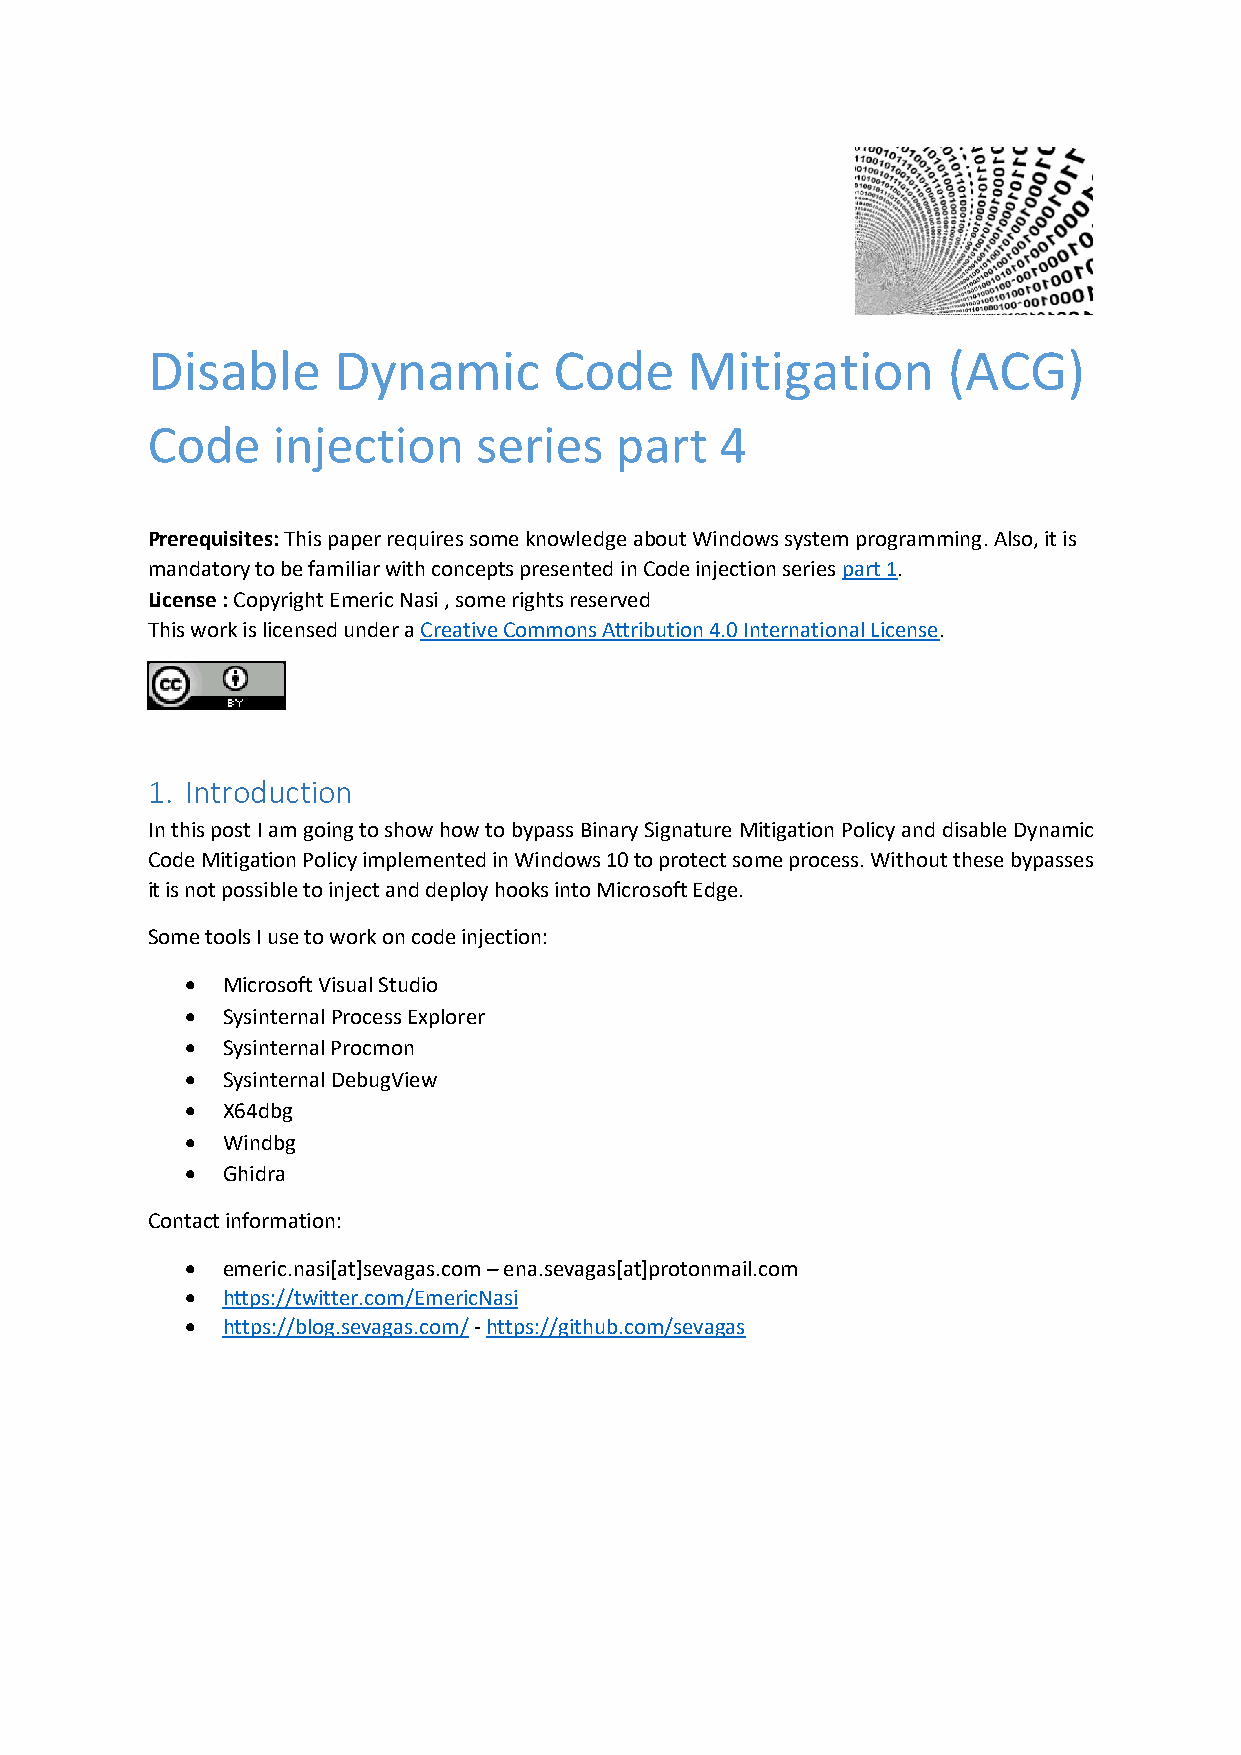
Disable     Dynamic        Code    Mitigation        (ACG)
 Code    injection    series    part   4
 Prerequisites: This paper requires some knowledge about Windows system programming. Also, it is
 mandatory to be familiar with concepts presented in Code injection series part 1.
 License : Copyright Emeric Nasi , some rights reserved
 This work is licensed under a Creative Commons Attribution 4.0 International License.
 1. Introduction
 In this post I am going to show how to bypass Binary Signature Mitigation Policy and disable Dynamic
 Code Mitigation Policy implemented in Windows 10 to protect some process. Without these bypasses
 it is not possible to inject and deploy hooks into Microsoft Edge.
 Some tools I use to work on code injection:
 •  Microsoft Visual Studio
 •  Sysinternal Process Explorer
 •  Sysinternal Procmon
 •  Sysinternal DebugView
 •  X64dbg
 •  Windbg
 •  Ghidra
 Contact information:
 •  emeric.nasi[at]sevagas.com – ena.sevagas[at]protonmail.com
 •  https://twitter.com/EmericNasi
 •  https://blog.sevagas.com/ - https://github.com/sevagas